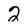
Character: 2